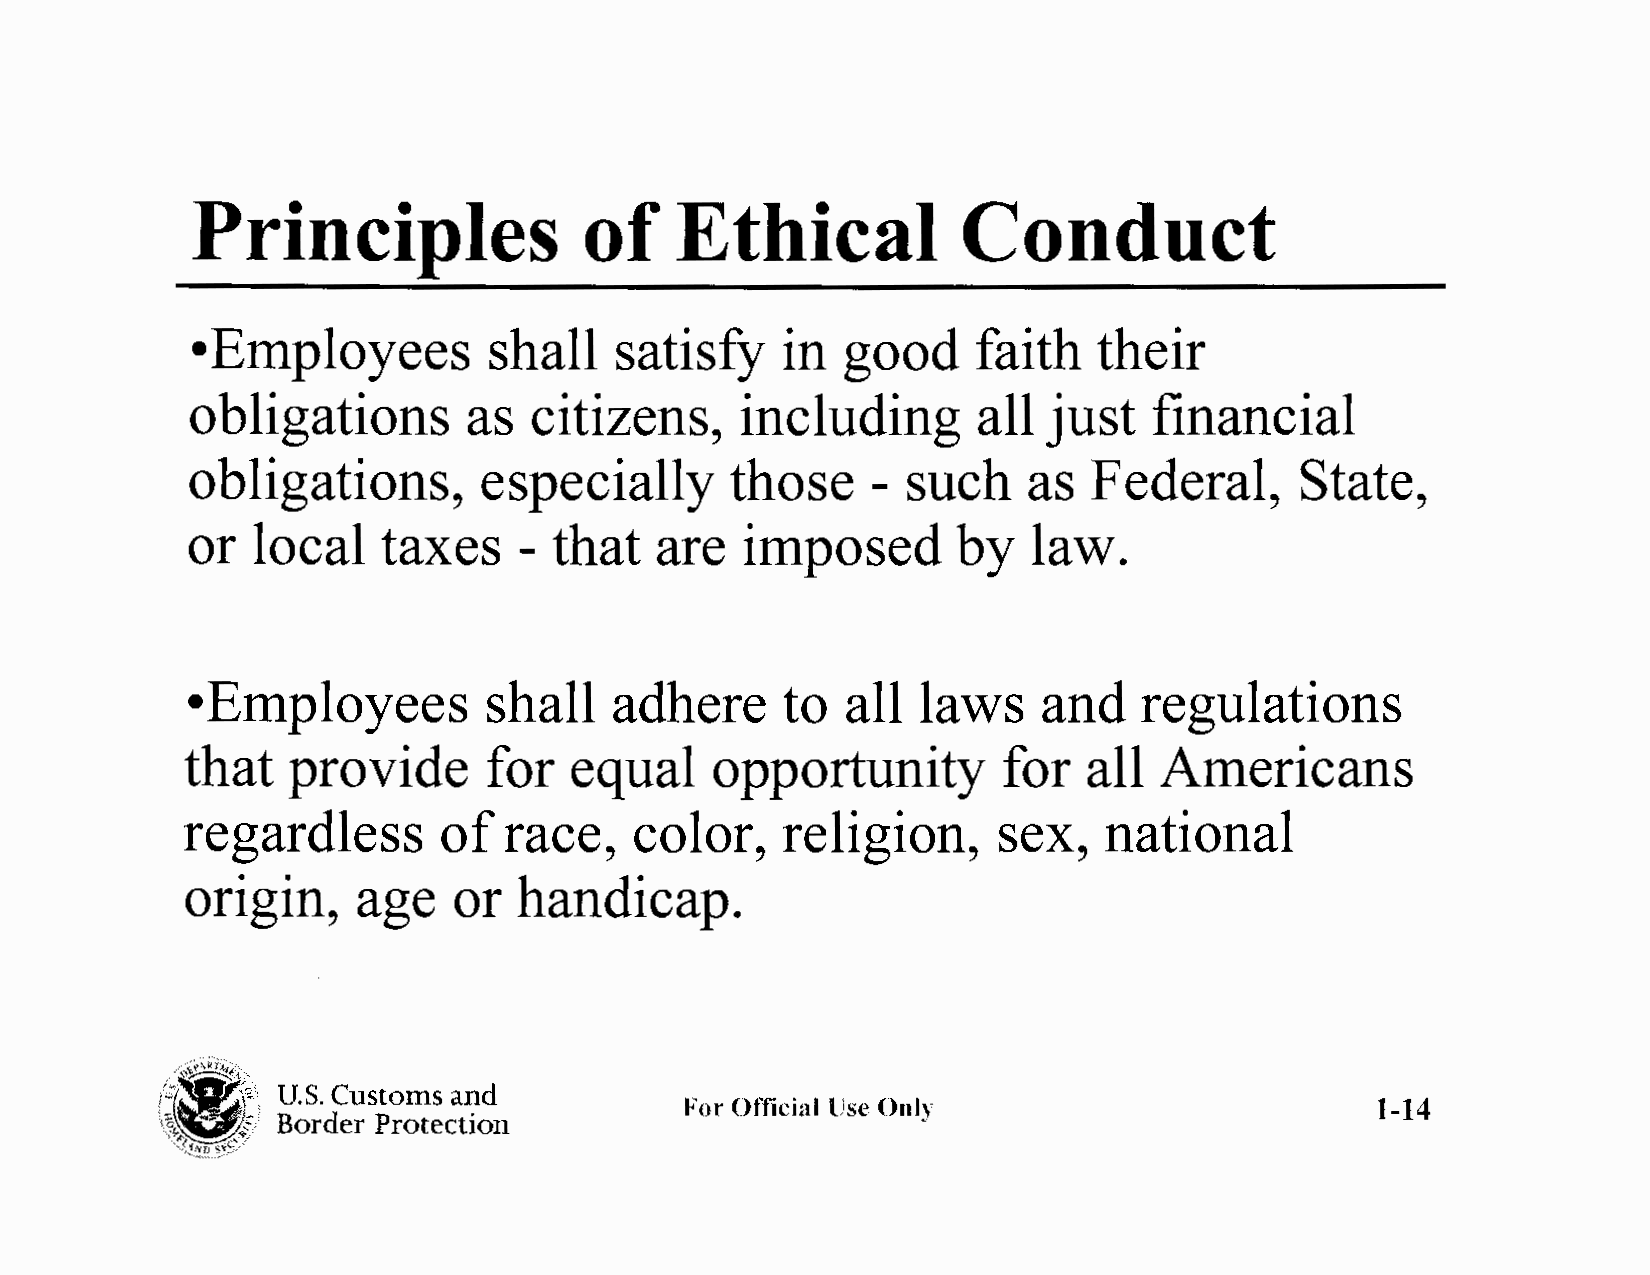
Principles                of    Ethical            Conduct
 •E mployees        shall    satisfy    in  good     faith   their
 obligations       as  citizens,     including       all just   financial
 obligations,       especially      those     - such    as  Federal,      State,
 or   local   taxes    -  that  are   imposed       by   law.
 •E  mployees        shall    adhere     to  all  laws    and    regulations
 that   provide      for   equal    opportunity        for   all  Americans
 regardless       of  race,    color,    religion,     sex,   national
 origin,     age   or  handicap.
 .··-~~1.
 ft:  ~i. U.S. Customs and
 \,~s                               For Official Use Only                         1-14
 Border Protection
 '>c~~t;~:£~ ~\~,
 >